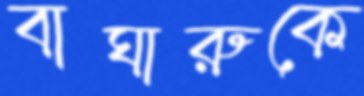
বাঘারুকে